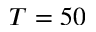
T = 5 0